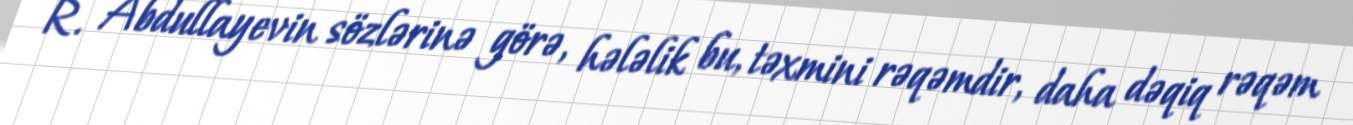
R. Abdullayevin sözlərinə görə, hələlik bu, təxmini rəqəmdir, daha dəqiq rəqəm